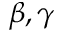
\beta , \gamma